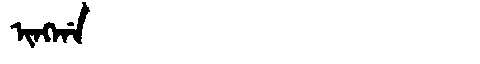
Manchu: ᡳᠩᡤᠠ
Romanization: INGGA